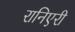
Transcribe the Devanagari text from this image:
रानिएरी